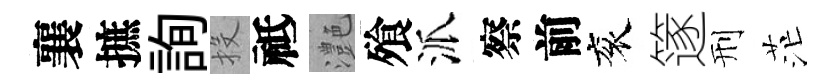
襄摭詢投祗灔飱派察前衮篴刑茫